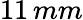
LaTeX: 11\, mm